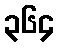
၃၆၄